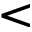
<